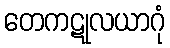
တေကဋုလယာဂုံ